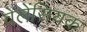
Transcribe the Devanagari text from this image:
वेलेंसियक